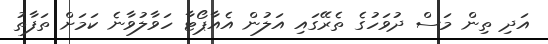
އަދި ތިން މަސް ދުވަހުގެ ތެރޭގައި އަލުން އެއާޕޯޓާ ހަވާލުވާނެ ކަމަށް ތަފާތު